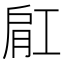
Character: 𬛀